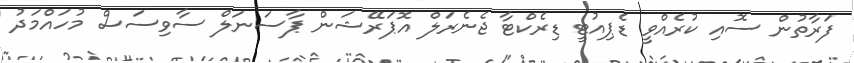
ފަރާތުން ސޮއި ކުރެއްވީ ޑެޕިއުޓީ ޑިރެކްޓާ ޖެނެރަލް އޮޕަރޭޝަން ޕާސަނަލް ސާވިސަސް މުހައްމަދު